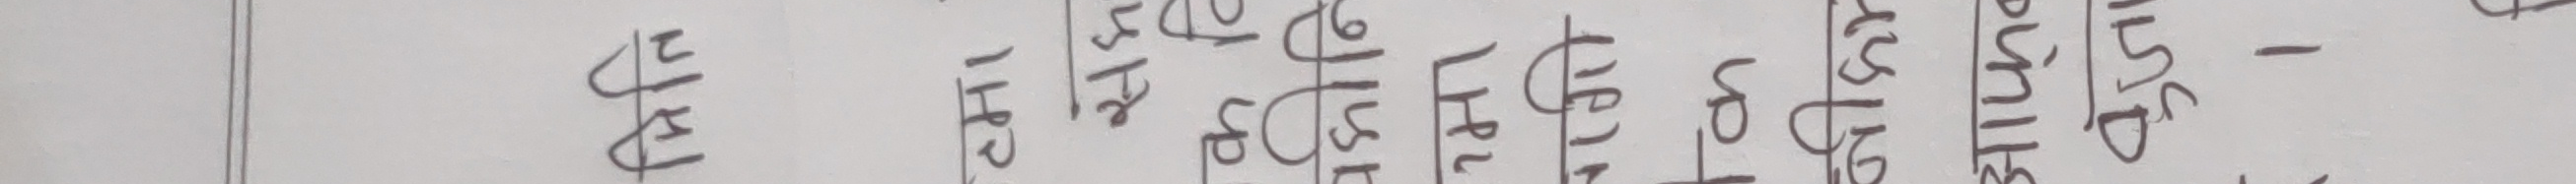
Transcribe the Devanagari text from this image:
पाँच सात तेह्र चौध सोह्र एक्काइस बत्तीस -